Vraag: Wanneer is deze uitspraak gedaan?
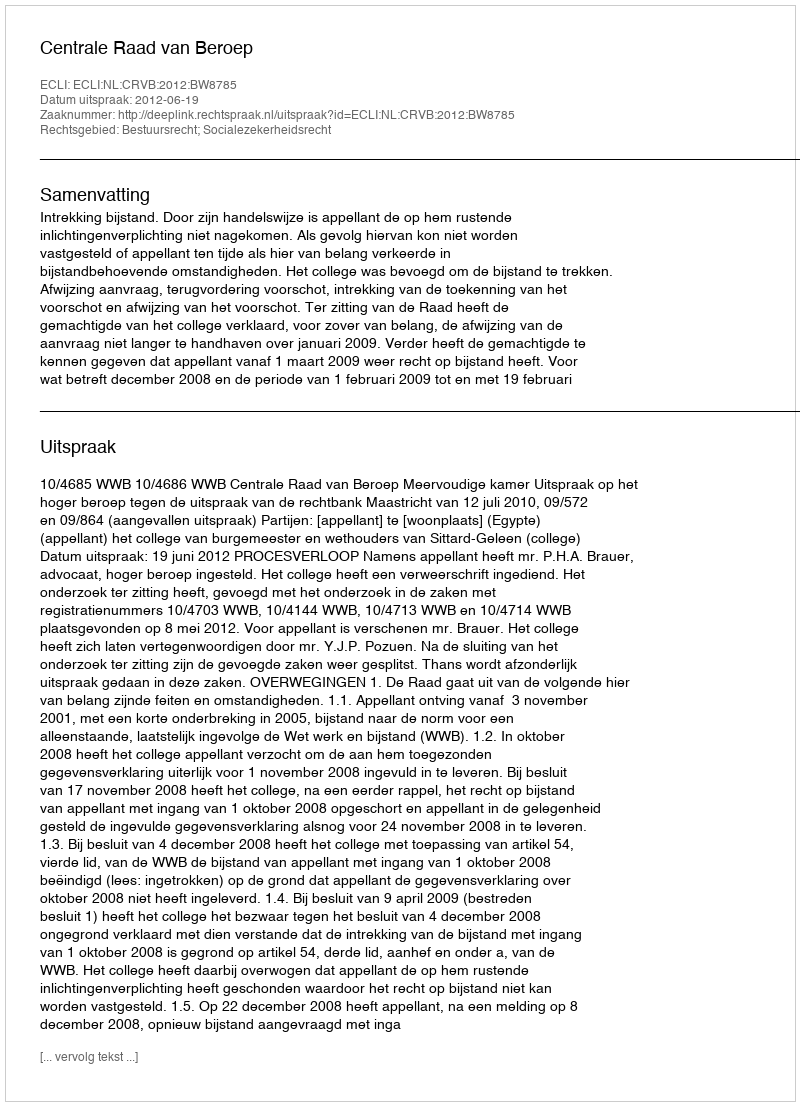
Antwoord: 2012-06-19